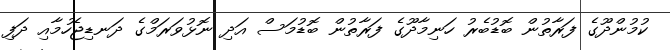
ކުމުންދޫގެ ފަރާތުން ބޮޑުބެރު ހަނިމާދޫގެ ފަރާތުން ބޮޑުމަސް އަދި ނޮޅުވަރަމްގެ ދަނޑިޖެހުމާއި ދަފި